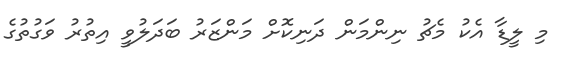
މި ލީޑާ އެކު މެޗު ނިންމަން ދަނިކޮށް މަންޒަރު ބަދަލުވީ އިތުރު ވަގުތުގެ